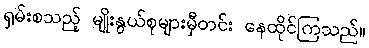
ရှမ်းစသည့် မျိုးနွယ်စုများမှီတင်း နေထိုင်ကြသည်။